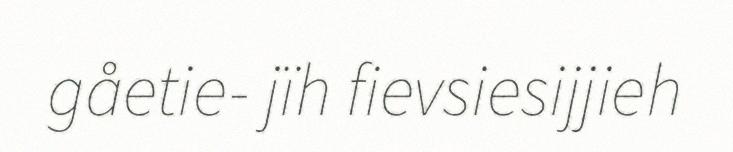
gåetie- jïh fievsiesijjieh